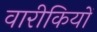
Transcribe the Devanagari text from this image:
वारीकियों